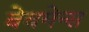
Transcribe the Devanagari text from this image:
बेचमेन्स